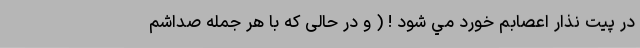
درِ پيت نذار اعصابم خورد مي شود ! ( و در حالى كه با هر جمله صداشم